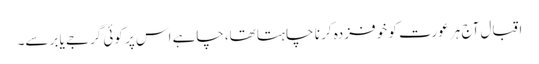
اقبال آج ہر عورت کو خو فزدہ کر نا چا ہتا تھا،چاہے اس پر کوئی گرجے یا برسے۔